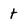
Character: t